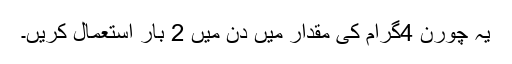
یہ چورن 4گرام کی مقدار میں دن میں 2 بار استعمال کریں۔